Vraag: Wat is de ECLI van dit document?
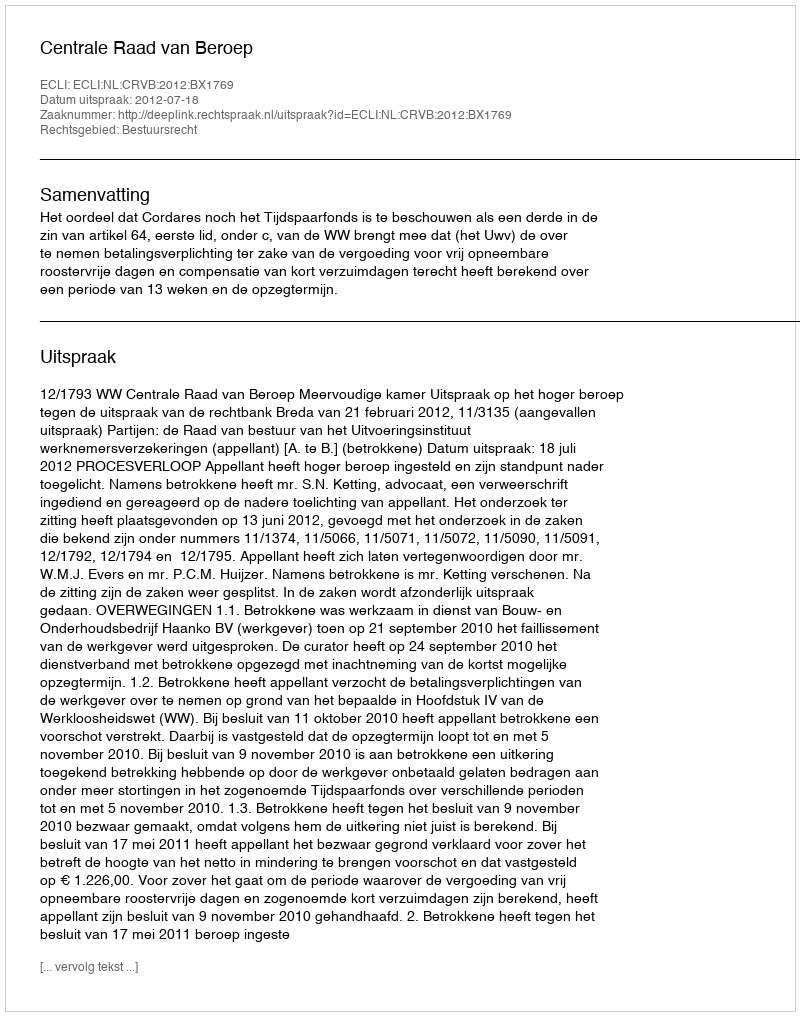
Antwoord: ECLI:NL:CRVB:2012:BX1769